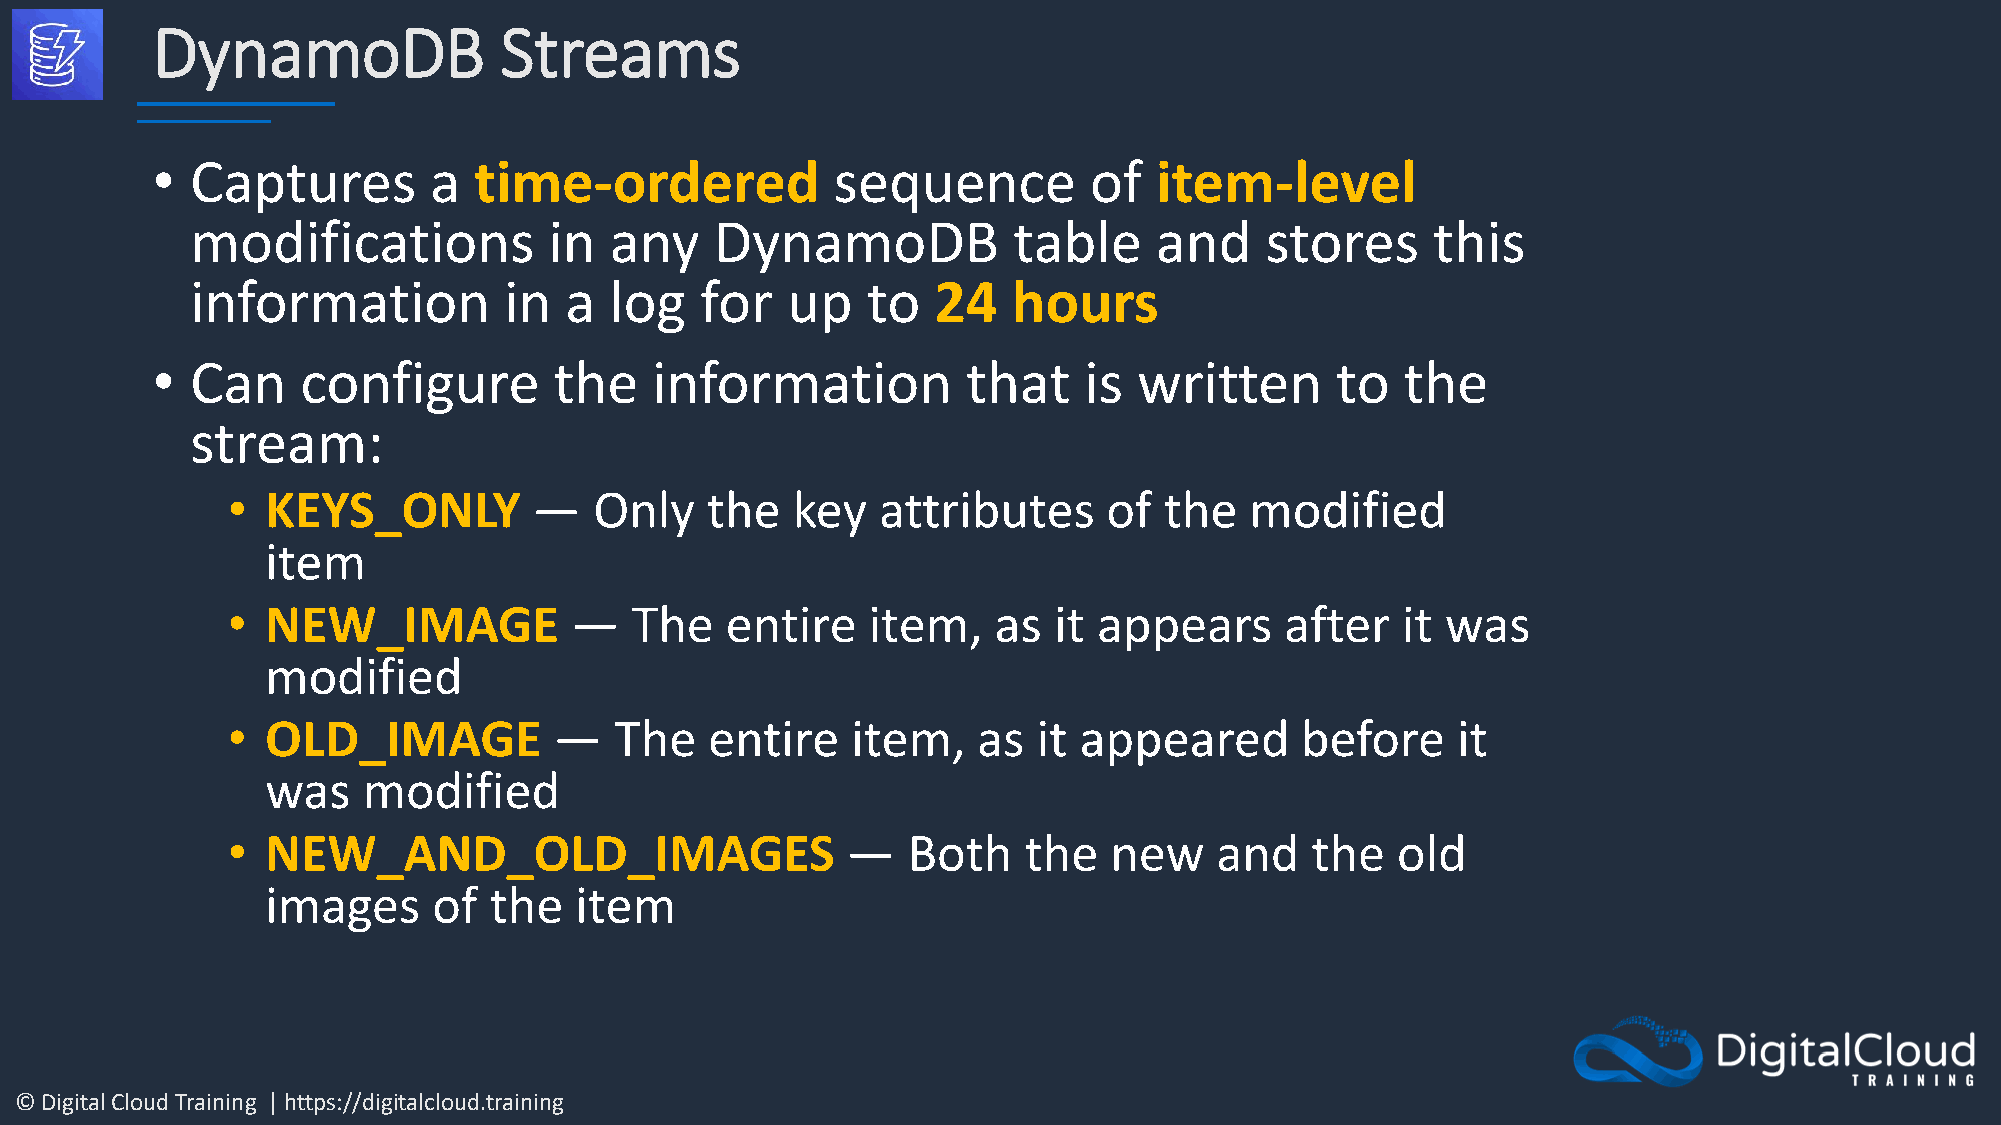
DynamoDB               Streams
 •  Captures       a  time-ordered            sequence         of   item-level
 modifications          in  any    DynamoDB            table    and     stores     this
 information         in  a  log   for   up   to   24   hours
 •  Can    configure        the   information          that    is written      to   the
 stream:
 •  KEYS_ONLY        —   Only    the  key   attributes     of  the   modified
 item
 •  NEW_IMAGE           —   The   entire   item,    as  it appears     after   it was
 modified
 •  OLD_IMAGE          —   The   entire   item,    as  it appeared      before    it
 was   modified
 •  NEW_AND_OLD_IMAGES                    —   Both    the  new    and    the  old
 images     of the   item
 © Digital Cloud Training | https://digitalcloud.training